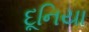
દૂનિયા